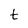
Character: t